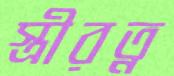
স্ত্রীরত্ন